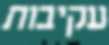
עקיבות